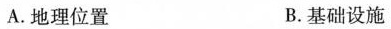
A.地理位置 B.基础设施